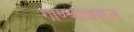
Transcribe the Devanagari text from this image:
गाण्यावरून